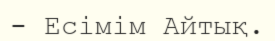
- Есімім Айтық.